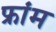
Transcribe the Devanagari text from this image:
फ्रांम